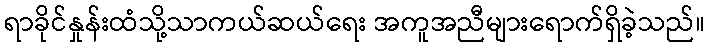
ရာခိုင်နှုန်းထံသို့သာကယ်ဆယ်ရေး အကူအညီများရောက်ရှိခဲ့သည်။